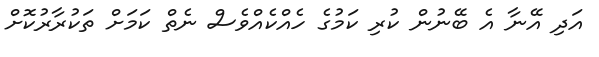
އަދި އޭނާ އެ ބޭނުން ކުރި ކަމުގެ ހެއްކެއްވެސް ނެތް ކަމަށް ތަކުރާރުކޮށް